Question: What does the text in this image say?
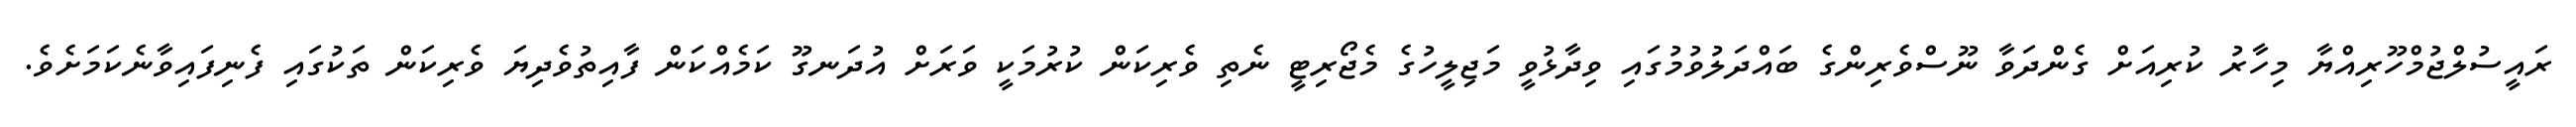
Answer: ރައީސުލްޖުމްހޫރިއްޔާ މިހާރު ކުރިއަށް ގެންދަވާ ނޫސްވެރިންގެ ބައްދަލުވުމުގައި ވިދާޅުވީ މަޖިލީހުގެ މެޖޯރިޓީ ނެތި ވެރިކަން ކުރުމަކީ ވަރަށް އުދަނގޫ ކަމެއްކަން ފާއިތުވެދިޔަ ވެރިކަން ތަކުގައި ފެނިފައިވާނެކަމަށެވެ.